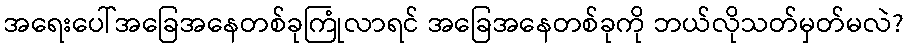
အရေးပေါ်အခြေအနေတစ်ခုကြုံလာရင် အခြေအနေတစ်ခုကို ဘယ်လိုသတ်မှတ်မလဲ?